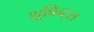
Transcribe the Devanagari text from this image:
शूप्रिन्ट्स